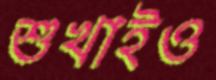
শুখাইও